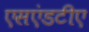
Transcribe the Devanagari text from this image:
एसएंडटीए